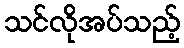
သင်လိုအပ်သည့်